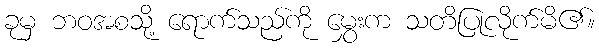
ခုမှ ဘဝအစသို့ ရောက်သည်ကို မွှေးက သတိပြုလိုက်မိ၏။